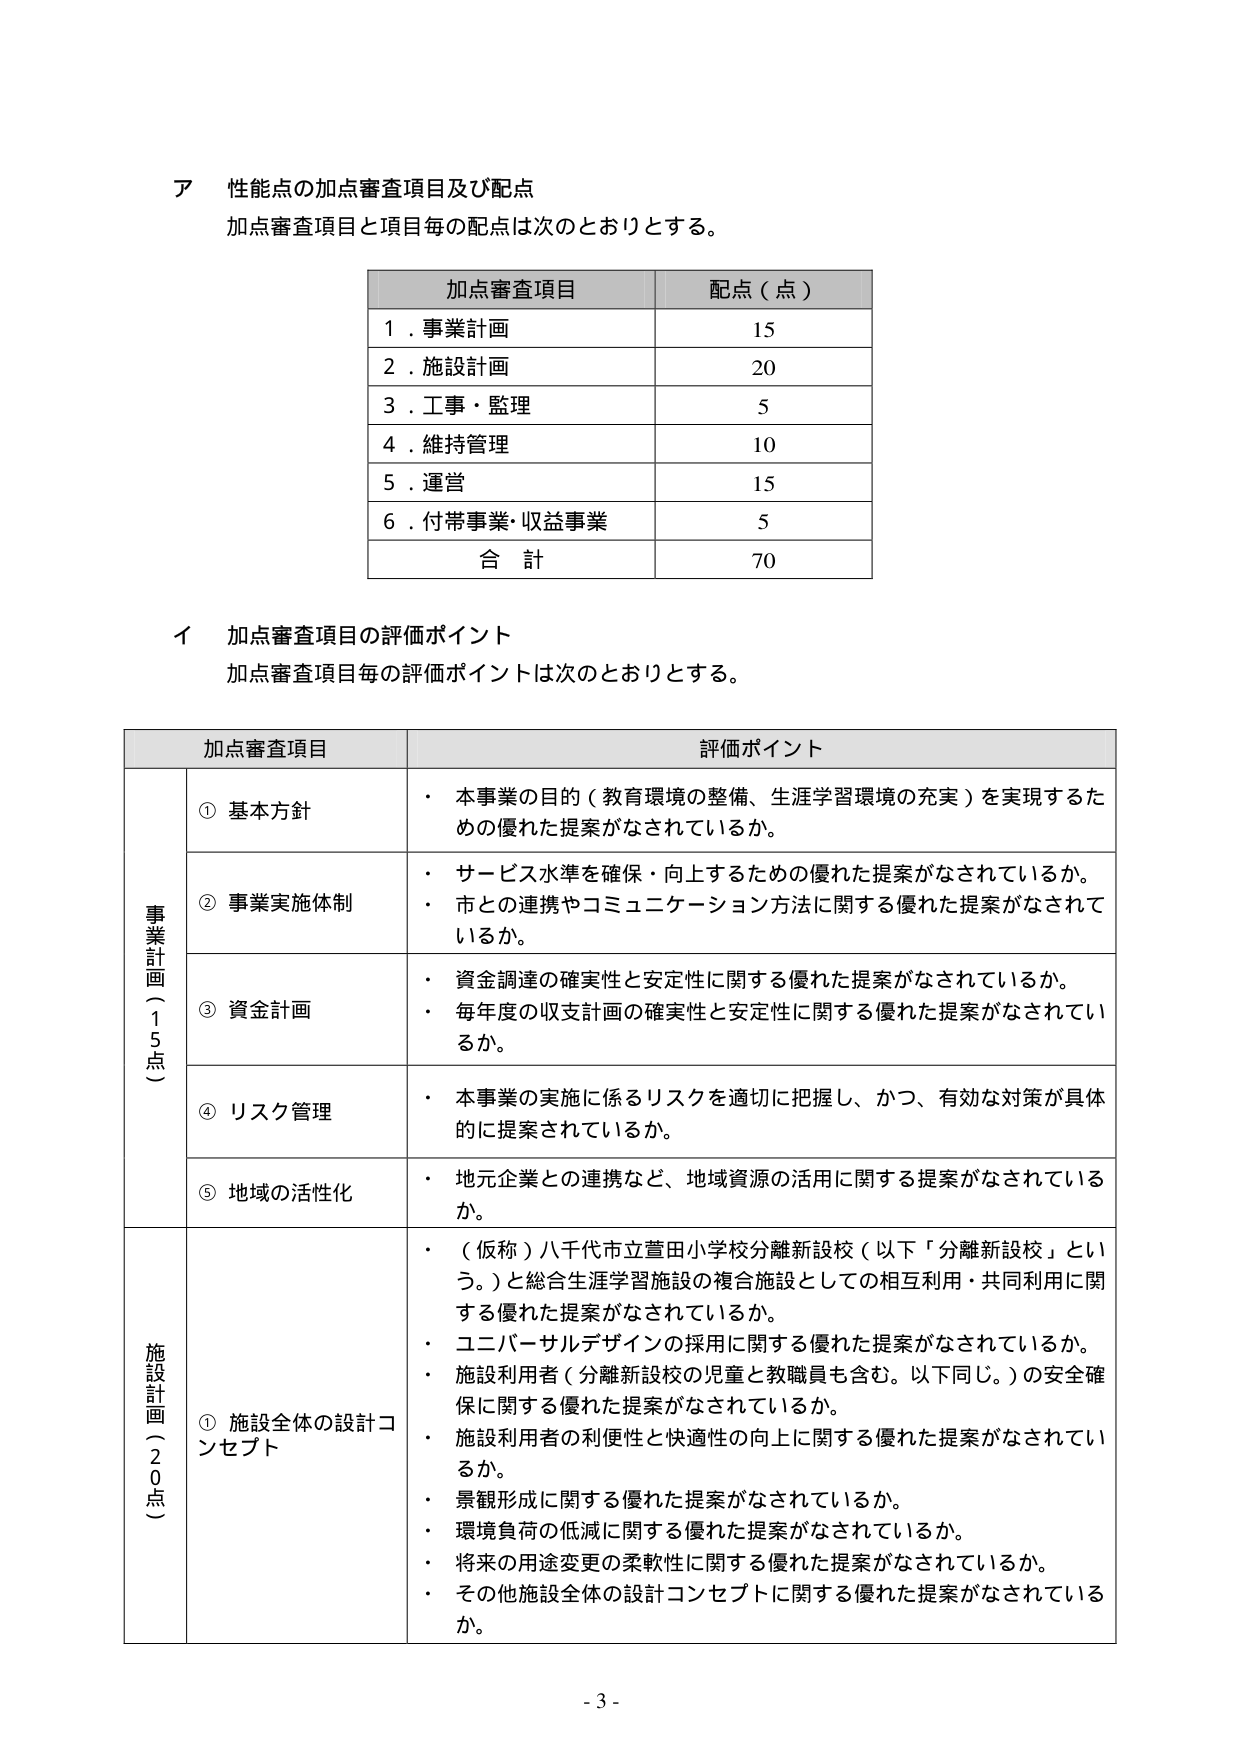
ア 性能点の加点審査項目及び配点
加点審査項目と項目毎の配点は次のとおりとする。

加点審査項目 配点（点）
1．事業計画 15
2．施設計画 20
3．工事・監理 5
4．維持管理 10
5．運営 15
6．付帯事業・収益事業 5
合計 70

イ 加点審査項目の評価ポイント
加点審査項目毎の評価ポイントは次のとおりとする。

加点審査項目 評価ポイント
事業計画（15点）
① 基本方針
・本事業の目的（教育環境の整備、生涯学習環境の充実）を実現するための優れた提案がなされているか。

② 事業実施体制
・サービス水準を確保・向上するための優れた提案がなされているか。
・市との連携やコミュニケーション方法に関する優れた提案がなされているか。

③ 資金計画
・資金調達の確実性と安定性に関する優れた提案がなされているか。
・毎年度の収支計画の確実性と安定性に関する優れた提案がなされているか。

④ リスク管理
・本事業の実施に係るリスクを適切に把握し、かつ、有効な対策が具体的に提案されているか。

⑤ 地域の活性化
・地元企業との連携など、地域資源の活用に関する提案がなされているか。

施設計画（20点）
① 施設全体の設計コンセプト
・（仮称）八千代市立萱田小学校分離新設校（以下「分離新設校」という。）と総合生涯学習施設の複合施設としての相互利用・共同利用に関する優れた提案がなされているか。
・ユニバーサルデザインの採用に関する優れた提案がなされているか。
・施設利用者（分離新設校の児童と教職員も含む。以下同じ。）の安全確保に関する優れた提案がなされているか。
・施設利用者の利便性と快適性の向上に関する優れた提案がなされているか。
・景観形成に関する優れた提案がなされているか。
・環境負荷の低減に関する優れた提案がなされているか。
・将来の用途変更の柔軟性に関する優れた提案がなされているか。
・その他施設全体の設計コンセプトに関する優れた提案がなされているか。

- 3 -